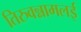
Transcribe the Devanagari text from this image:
तिरुवन्नामलई